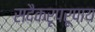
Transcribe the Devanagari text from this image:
सदैकरूपरूपाय